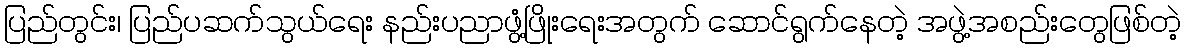
ပြည်တွင်း၊ ပြည်ပဆက်သွယ်ရေး နည်းပညာဖွံ့ဖြိုးရေးအတွက် ဆောင်ရွက်နေတဲ့ အဖွဲ့အစည်းတွေဖြစ်တဲ့